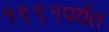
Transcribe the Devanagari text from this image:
१९९१पर्यंत